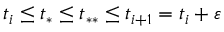
t _ { i } \leq t _ { * } \leq t _ { * * } \leq t _ { i + 1 } = t _ { i } + \varepsilon